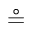
\circeq